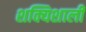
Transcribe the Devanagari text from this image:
शक्यिशाली